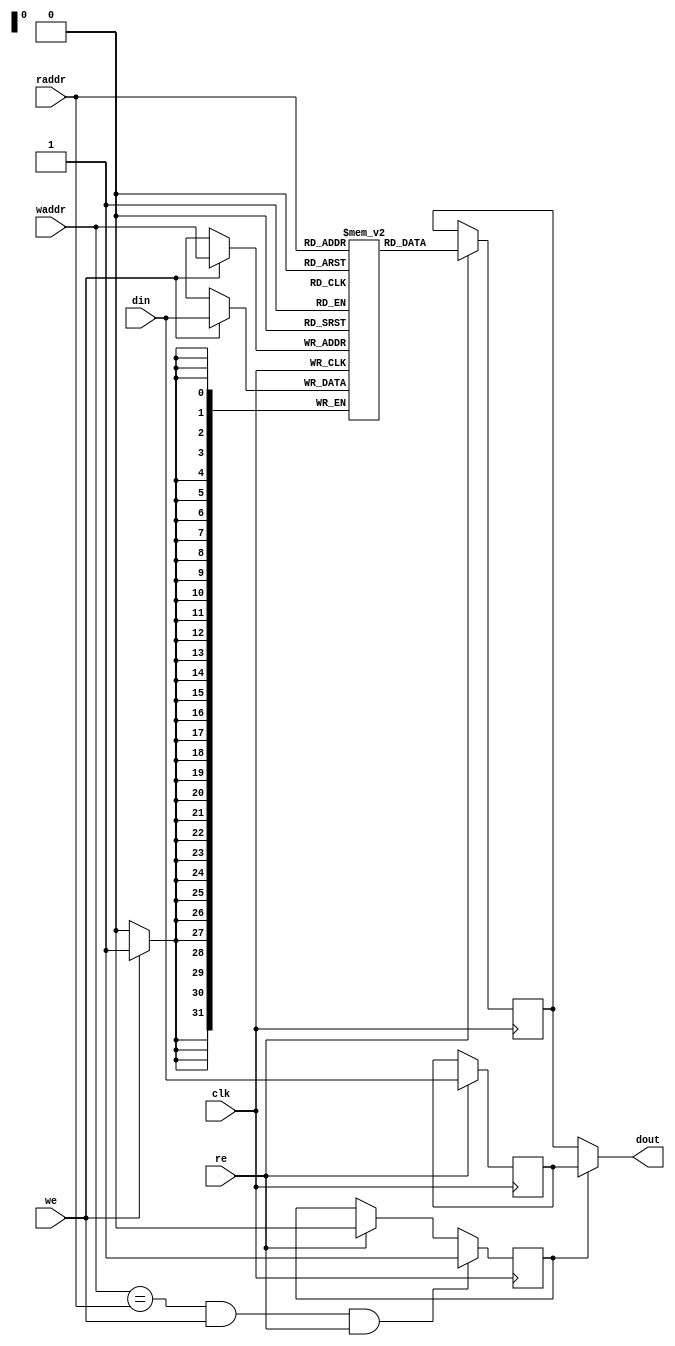
/******************************************************************************
 This Source Code Form is subject to the terms of the
 Open Hardware Description License, v. 1.0. If a copy
 of the OHDL was not distributed with this file, You
 can obtain one at http://juliusbaxter.net/ohdl/ohdl.txt

 Description:
 Simple single clocked dual port ram (separate read and write ports),
 with optional bypass logic.

 Copyright (C) 2012 Stefan Kristiansson <stefan.kristiansson@saunalahti.fi>

 ******************************************************************************/

module mor1kx_simple_dpram_sclk
  #(
    parameter ADDR_WIDTH = 32,
    parameter DATA_WIDTH = 32,
    parameter CLEAR_ON_INIT = 0,
    parameter ENABLE_BYPASS = 1
    )
   (
    input 		    clk,
    input [ADDR_WIDTH-1:0]  raddr,
    input 		    re,
    input [ADDR_WIDTH-1:0]  waddr,
    input 		    we,
    input [DATA_WIDTH-1:0]  din,
    output [DATA_WIDTH-1:0] dout
    );

   reg [DATA_WIDTH-1:0]     mem[(1<<ADDR_WIDTH)-1:0];
   reg [DATA_WIDTH-1:0]     rdata;

generate
if(CLEAR_ON_INIT) begin :clear_on_init
   integer 		    idx;
   initial
     for(idx=0; idx < (1<<ADDR_WIDTH); idx=idx+1)
       mem[idx] = {DATA_WIDTH{1'b0}};
end
endgenerate

generate
if (ENABLE_BYPASS) begin : bypass_gen
   reg [DATA_WIDTH-1:0]     din_r;
   reg 			    bypass;

   assign dout = bypass ? din_r : rdata;

   always @(posedge clk)
     if (re)
       din_r <= din;

   always @(posedge clk)
     if (waddr == raddr && we && re)
       bypass <= 1;
     else if (re)
       bypass <= 0;
end else begin
   assign dout = rdata;
end
endgenerate

   always @(posedge clk) begin
      if (we)
	mem[waddr] <= din;
      if (re)
	rdata <= mem[raddr];
   end

endmodule